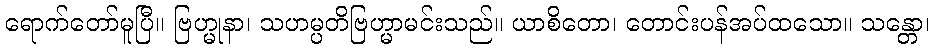
ရောက်တော်မူပြီ။ ဗြဟ္မုနာ၊ သဟမ္ပတိဗြဟ္မာမင်းသည်။ ယာစိတော၊ တောင်းပန်အပ်ထသော။ သန္တော၊